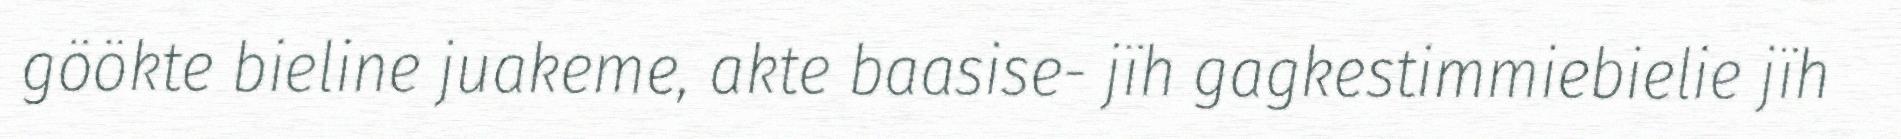
göökte bieline juakeme, akte baasise- jïh gagkestimmiebielie jïh